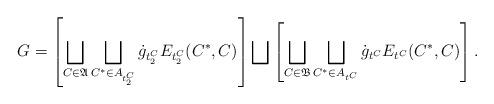
LaTeX: \begin{align*} G= \left[\bigsqcup_{C\in \frak A}\bigsqcup_{C^*\in A_{t_2^C}}\dot{g}_{t_2^C} E_{t_2^C}(C^*,C)\right]\bigsqcup\left[\bigsqcup_{C\in \frak B}\bigsqcup_{C^*\in A_{t^C} }\dot{g}_{t^C} E_{t^C}(C^*,C)\right].\end{align*}